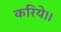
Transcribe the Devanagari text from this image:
करिये।।